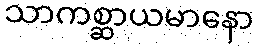
သာကစ္ဆာယမာနော